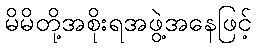
မိမိတို့အစိုးရအဖွဲ့အနေဖြင့်